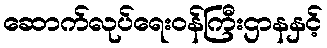
ဆောက်လုပ်ရေးဝန်ကြီးဌာနနှင့်